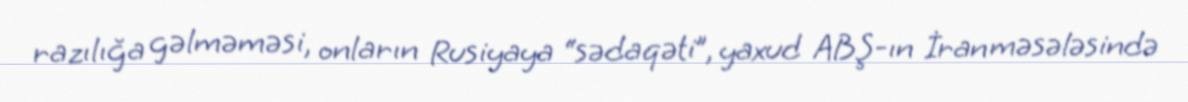
razılığa gəlməməsi, onların Rusiyaya “sədaqəti”, yaxud ABŞ-ın İran məsələsində